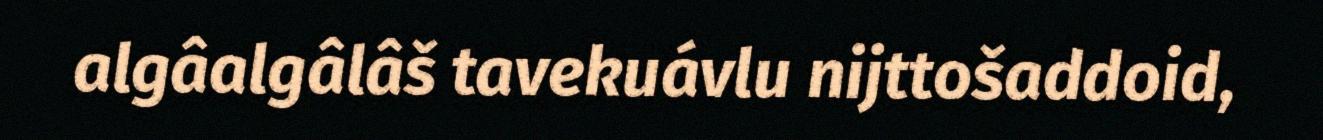
algâalgâlâš tavekuávlu nijttošaddoid,